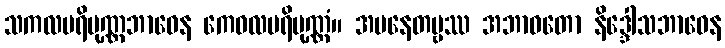
သကလပရိပုဏ္ဏဘာဝေန ကေဝလပရိပုဏ္ဏံ။ အပနေတဗ္ဗဿ အဘာဝတော နိဒ္ဒေါသဘာဝေန